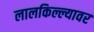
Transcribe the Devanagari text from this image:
लालकिल्ल्यावर